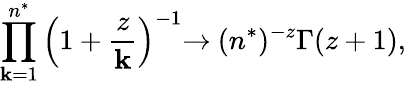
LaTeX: \prod_{\mathbf{k}=1}^{n^{*}}\left(1+\frac{{z}}{{\mathbf{k}}}\right)^{-1}{\rightarrow}~(n^{*})^{-z}\Gamma(z+1),